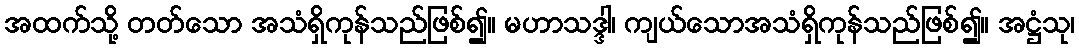
အထက်သို့ တတ်သော အသံရှိကုန်သည်ဖြစ်၍။ မဟာသဒ္ဒါ၊ ကျယ်သောအသံရှိကုန်သည်ဖြစ်၍။ အဋ္ဌံသု၊